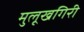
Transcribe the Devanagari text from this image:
मुलूखगिरी